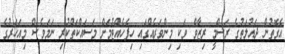
އެގޮތުން ދައުލަތުގެ ރަސްމީ ރިޒާވް ވަކި މިންވަރެއްގައި ހިފެހެއްޓުމަށް މަސައްކަތްކުރި ނަމަވެސް މިއަހަރުގެ